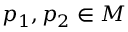
p _ { 1 } , p _ { 2 } \in M